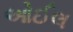
ઓઈલ